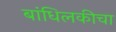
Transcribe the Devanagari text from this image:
बांधिलकीचा